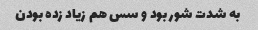
به شدت شور بود و سس هم زیاد زده بودن